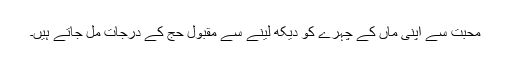
محبت سے اپنی ماں کے چہرے کو دیکھ لینے سے مقبول حج کے درجات مل جاتے ہیں۔